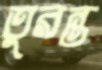
তুরন্ত